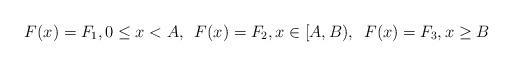
LaTeX: \begin{align*}F(x)=F_{1},0\leq x<A,\,\,\,F(x)=F_{2},x\in[A,B),\,\,\,F(x)=F_{3},x\geq B\end{align*}